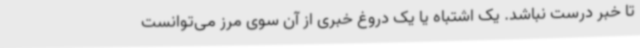
تا خبر درست نباشد. یک اشتباه یا یک دروغ خبری از آن سوی مرز می‌توانست